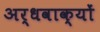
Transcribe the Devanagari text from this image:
अर्धवाक्यों